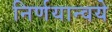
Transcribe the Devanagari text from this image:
निर्णयान्वये